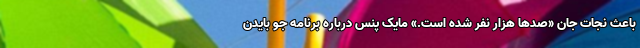
باعث نجات جان «صدها هزار نفر شده است.» مایک پنس درباره برنامه جو بایدن